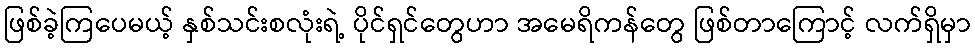
ဖြစ်ခဲ့ကြပေမယ့် နှစ်သင်းစလုံးရဲ့ ပိုင်ရှင်တွေဟာ အမေရိကန်တွေ ဖြစ်တာကြောင့် လက်ရှိမှာ